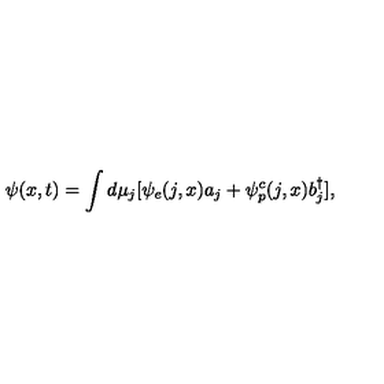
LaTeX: \psi ( x , t ) = \int d \mu _ { j } [ \psi _ { e } ( j , x ) a _ { j } + \psi _ { p } ^ { c } ( j , x ) b _ { j } ^ { \dagger } ] ,